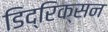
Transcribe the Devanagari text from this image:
डिद्रिक्सन